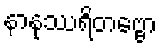
နာနုဿရိတဗ္ဗော